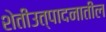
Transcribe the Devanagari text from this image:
शेतीउत्पादनातील